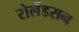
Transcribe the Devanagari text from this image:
रोलैंडसन